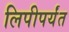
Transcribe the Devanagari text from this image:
लिपीपर्यंत